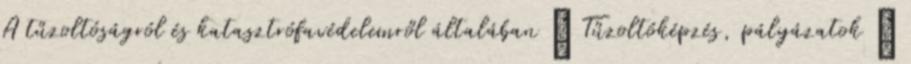
A tűzoltóságról és katasztrófavédelemről általában ↳ Tűzoltóképzés, pályázatok ↳